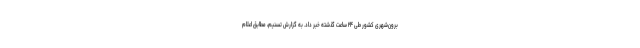
برون‌شهری کشور طی ۲۴ ساعت گذشته خبر داد. به گزارش تسنیم، مطابق اعلام